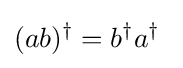
(ab)^{\dagger }=b^{\dagger }a^{\dagger }~